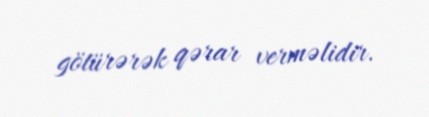
götürərək qərar verməlidir.